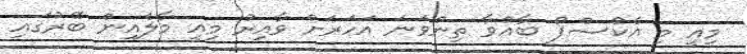
މިއީ މި އެކްސްޕޯ ބާއްވާ ތިންވަނަ އަހަރަށް ވާއިރު މިއީ މާލެއިން ބޭރުގައި